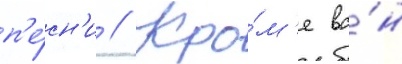
п'е́сн'и // Кро́м'е ва́н